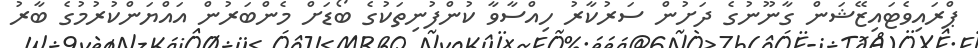
ޕްރައިވެޓައިޒޭޝަން ގާނޫނުގެ ދަށުން ސަރުކާރު ހިއްސާވާ ކުންފުނިތަކުގެ ބޯޑަށް މެންބަރުން އައްޔަންކުރުމުގެ ބާރު